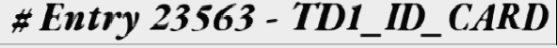
# Entry 23563 - TD1_ID_CARD